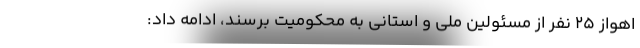
اهواز ۲۵ نفر از مسئولین ملی و استانی به محکومیت برسند، ادامه داد: